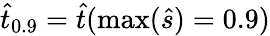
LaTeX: \hat{t}_{0.9}=\hat{t}(\operatorname*{max}(\hat{s})=0.9)